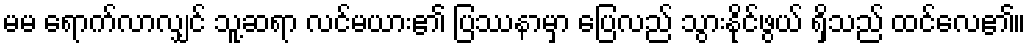
မမ ရောက်လာလျှင် သူ့ဆရာ လင်မယား၏ ပြဿနာမှာ ပြေလည် သွားနိုင်ဖွယ် ရှိသည် ထင်လေ၏။